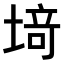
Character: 𫮍